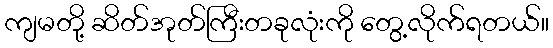
ကျမတို့ ဆိတ်အုတ်ကြီးတခုလုံးကို တွေ့လိုက်ရတယ်။